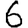
Digit: 6